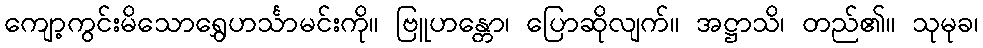
ကျော့ကွင်းမိသောရွှေဟင်္သာမင်းကို။ ဗြူဟန္တော၊ ပြောဆိုလျက်။ အဋ္ဌာသိ၊ တည်၏။ သုမုခ၊